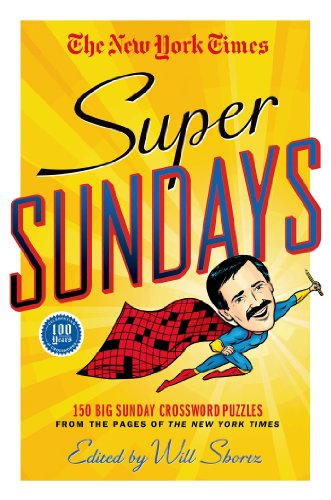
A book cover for The New York Times Super Sundays: 150 Big Sunday Crossword Puzzles from the Pages of The New York Times; The New York Times; Humor & Entertainment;